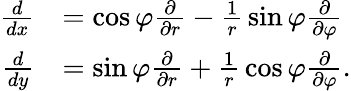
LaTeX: {\begin{array}{rl}{{\frac{d}{dx}}}&{=\cos\varphi{\frac{\partial}{\partial r}}-{\frac{1}{r}}\sin\varphi{\frac{\partial}{\partial\varphi}}}\\ {{\frac{d}{dy}}}&{=\sin\varphi{\frac{\partial}{\partial r}}+{\frac{1}{r}}\cos\varphi{\frac{\partial}{\partial\varphi}}.}\end{array}}